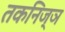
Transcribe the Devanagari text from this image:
तकनिज्ञ